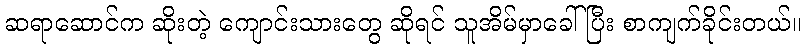
ဆရာဆောင်က ဆိုးတဲ့ ကျောင်းသားတွေ ဆိုရင် သူအိမ်မှာခေါ်ပြီး စာကျက်ခိုင်းတယ်။